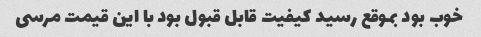
خوب بود بموقع رسید کیفیت قابل قبول بود با این قیمت مرسی